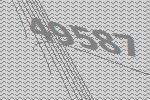
49587